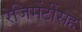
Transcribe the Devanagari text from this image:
रेजिमेंटींसह